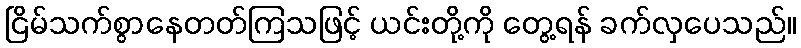
ငြိမ်သက်စွာနေတတ်ကြသဖြင့် ယင်းတို့ကို တွေ့ရန် ခက်လှပေသည်။